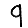
Digit: 9